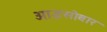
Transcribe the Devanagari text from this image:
आइसोबार